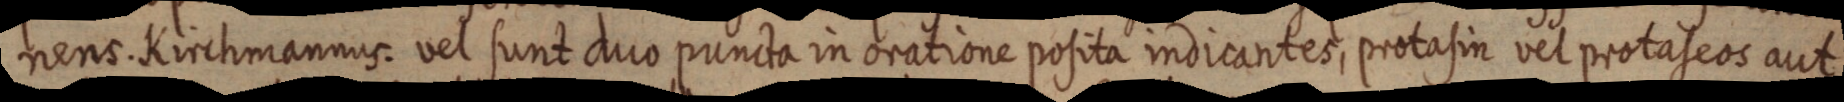
nens. Kirchmannus. vel sunt duo puncta in oratione posita indicantes, protasin vel protaseos aut